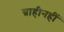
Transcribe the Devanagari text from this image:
ग्राहीनहीं